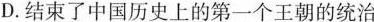
D.结束了中国历史上的第一个王朝的统治